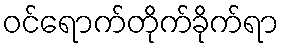
ဝင်ရောက်တိုက်ခိုက်ရာ